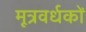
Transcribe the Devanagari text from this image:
मूत्रवर्धकों